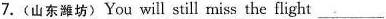
7.(山东潍坊〉You will still miss the flight ___